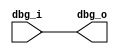
//////////////////////////////////////////////////////////////////////
// Created by SmartDesign Tue May 23 14:44:36 2017
// Version: v11.7 SP3 11.7.3.7
//////////////////////////////////////////////////////////////////////

`timescale 1ns / 100ps

// debug_bus
module debug_bus(
    // Inputs
    dbg_i,
    // Outputs
    dbg_o
);

//--------------------------------------------------------------------
// Input
//--------------------------------------------------------------------
input  [3:0] dbg_i;
//--------------------------------------------------------------------
// Output
//--------------------------------------------------------------------
output [3:0] dbg_o;
//--------------------------------------------------------------------
// Nets
//--------------------------------------------------------------------
wire   [3:0] dbg_i;
wire   [3:0] dbg_o_net_0;
//--------------------------------------------------------------------
// Top level output port assignments
//--------------------------------------------------------------------
assign dbg_o_net_0 = dbg_i;
assign dbg_o[3:0]  = dbg_o_net_0;

endmodule